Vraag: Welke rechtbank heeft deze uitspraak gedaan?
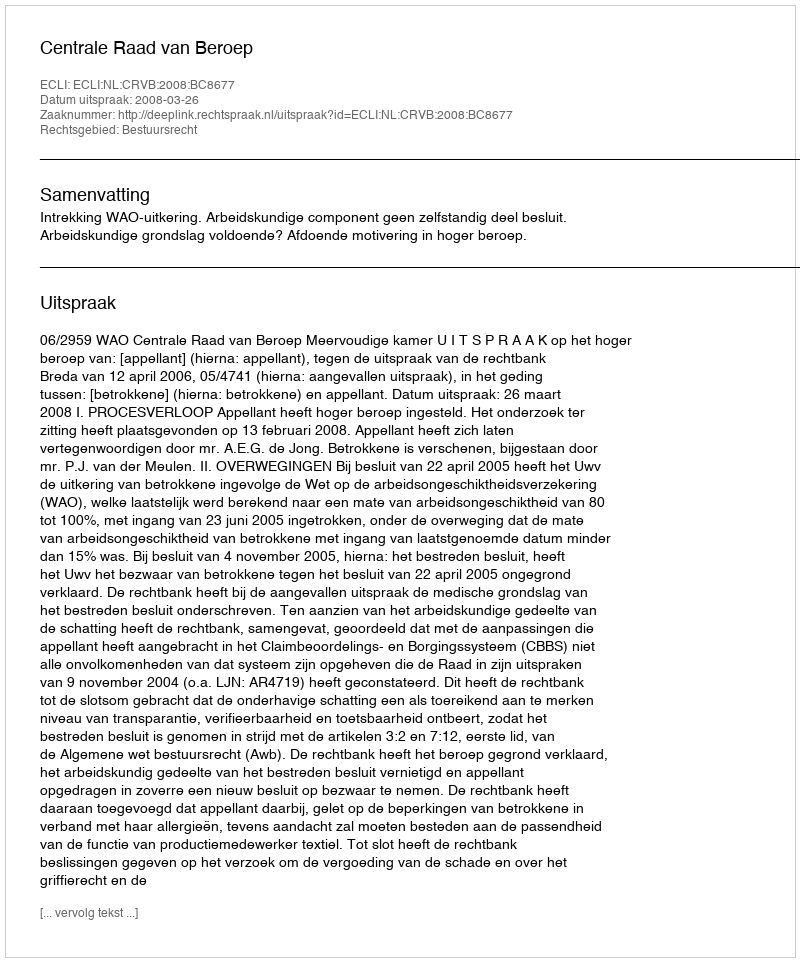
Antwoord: Centrale Raad van Beroep